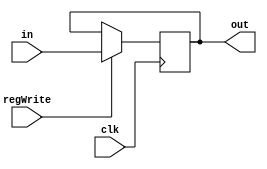
module rf_reg #(parameter BUS_WIDTH=16)(input regWrite
    , input [BUS_WIDTH-1:0] in
    , input clk
    , output [BUS_WIDTH-1:0] out
    );

    reg [BUS_WIDTH-1:0] data;

    always@(posedge clk) begin
        if (regWrite == 1'b1) data <= in;
    end

    assign out = data;
endmodule